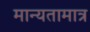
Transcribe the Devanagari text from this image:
मान्यतामात्र